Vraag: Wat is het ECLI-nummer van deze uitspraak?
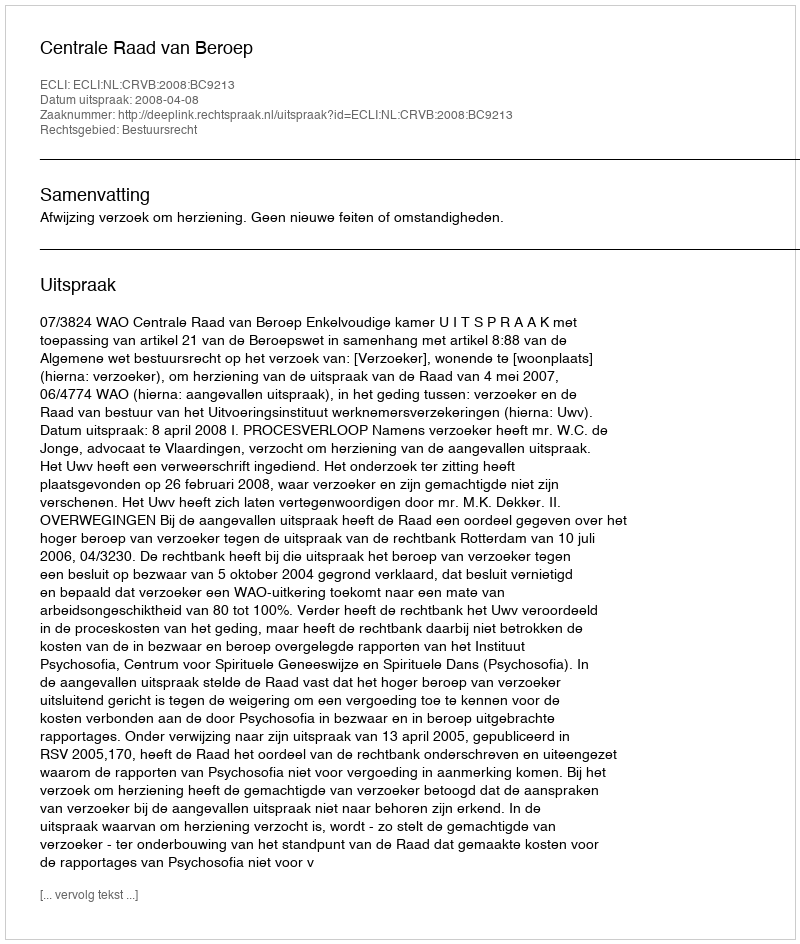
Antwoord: ECLI:NL:CRVB:2008:BC9213